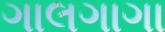
ગાલગાગા